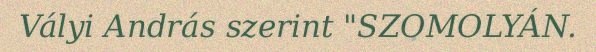
Vályi András szerint "SZOMOLYÁN.